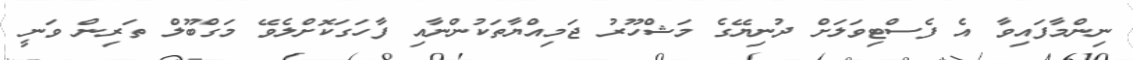
ނިންމާފައިވާ އެ ފެސްޓިވަލަށް ދުނިޔޭގެ މަޝްހޫރު ޖަމިއްޔާތަކުންނާއި ފާހަގަކޮށްލެވޭ މަގްބޫލް ތަރިން ވަނީ